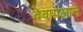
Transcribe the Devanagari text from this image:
देवपालाने